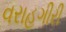
વરાહગીરી